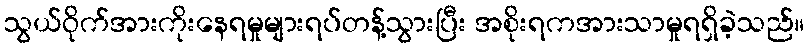
သွယ်ဝိုက်အားကိုးနေရမှုများရပ်တန့်သွားပြီး အစိုးရကအားသာမှုရရှိခဲ့သည်။